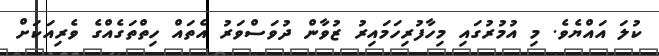
ކުލަ އައްޔެވެ. މި އުމުރުގައި މިހާފުރިހަމައިރު ޒުވާން ދުވަސްވަރު އެތައް ހިތްތަގެއްގެ ވެރިއަކަށް